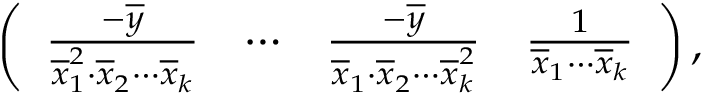
\left( \begin{array} { l l l l } { \frac { - \overline { { y } } } { \overline { { x } } _ { 1 } ^ { 2 } \cdot \overline { { x } } _ { 2 } \cdots \overline { { x } } _ { k } } } & { \cdots } & { \frac { - \overline { { y } } } { \overline { { x } } _ { 1 } \cdot \overline { { x } } _ { 2 } \cdots \overline { { x } } _ { k } ^ { 2 } } } & { \frac { 1 } { \overline { { x } } _ { 1 } \cdots \overline { { x } } _ { k } } } \end{array} \right) ,